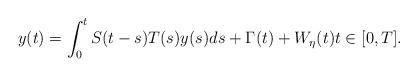
LaTeX: \begin{align*}y(t) = \int_0^t S(t-s)T(s)y(s)ds + \Gamma(t) + W_{\eta}(t) t \in [0,T].\end{align*}